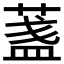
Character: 𦶻